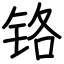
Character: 铬